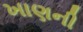
ખાણની